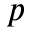
p